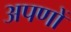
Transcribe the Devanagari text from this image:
अपणों